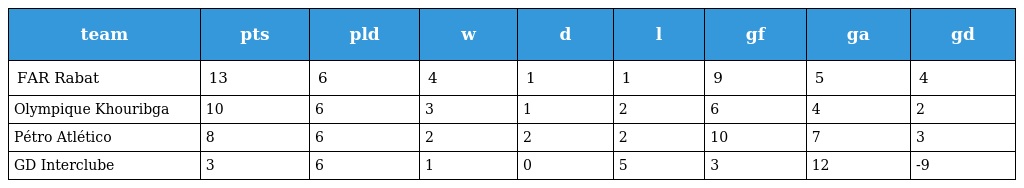
| team | pts | pld | w | d | l | gf | ga | gd |
 | --- | --- | --- | --- | --- | --- | --- | --- | --- |
 | FAR Rabat | 13 | 6 | 4 | 1 | 1 | 9 | 5 | 4 |
 | Olympique Khouribga | 10 | 6 | 3 | 1 | 2 | 6 | 4 | 2 |
 | Pétro Atlético | 8 | 6 | 2 | 2 | 2 | 10 | 7 | 3 |
 | GD Interclube | 3 | 6 | 1 | 0 | 5 | 3 | 12 | -9 |